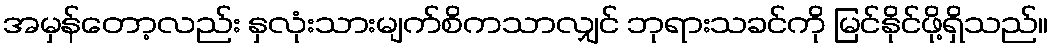
အမှန်တော့လည်း နှလုံးသားမျက်စိကသာလျှင် ဘုရားသခင်ကို မြင်နိုင်ဖို့ရှိသည်။